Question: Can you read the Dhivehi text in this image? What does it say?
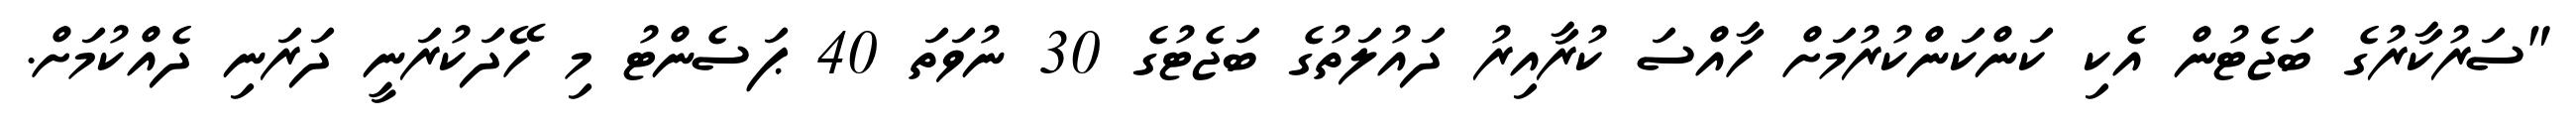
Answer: "ސަރުކާރުގެ ބަޖެޓުން އެކި ކަންކަންކުރުމަށް ހާއްސަ ކުރާއިރު ދައުލަތުގެ ބަޖެޓުގެ 30 ނުވަތަ 40 ޕަސެންޓު މި ހޭދަކުރަނީ ދަރަނި ދެއްކުމަށް.